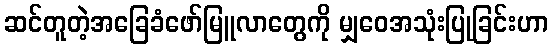
ဆင်တူတဲ့အခြေခံဖော်မြူလာတွေကို မျှဝေအသုံးပြုခြင်းဟာ